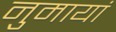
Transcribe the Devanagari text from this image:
नुमायां